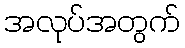
အလုပ်အတွက်